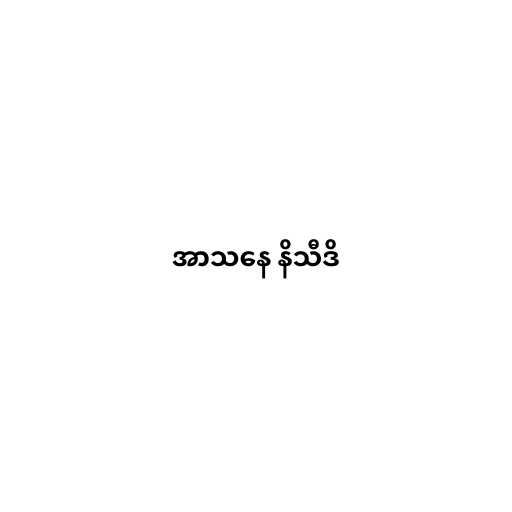
အာသနေ နိသီဒိ